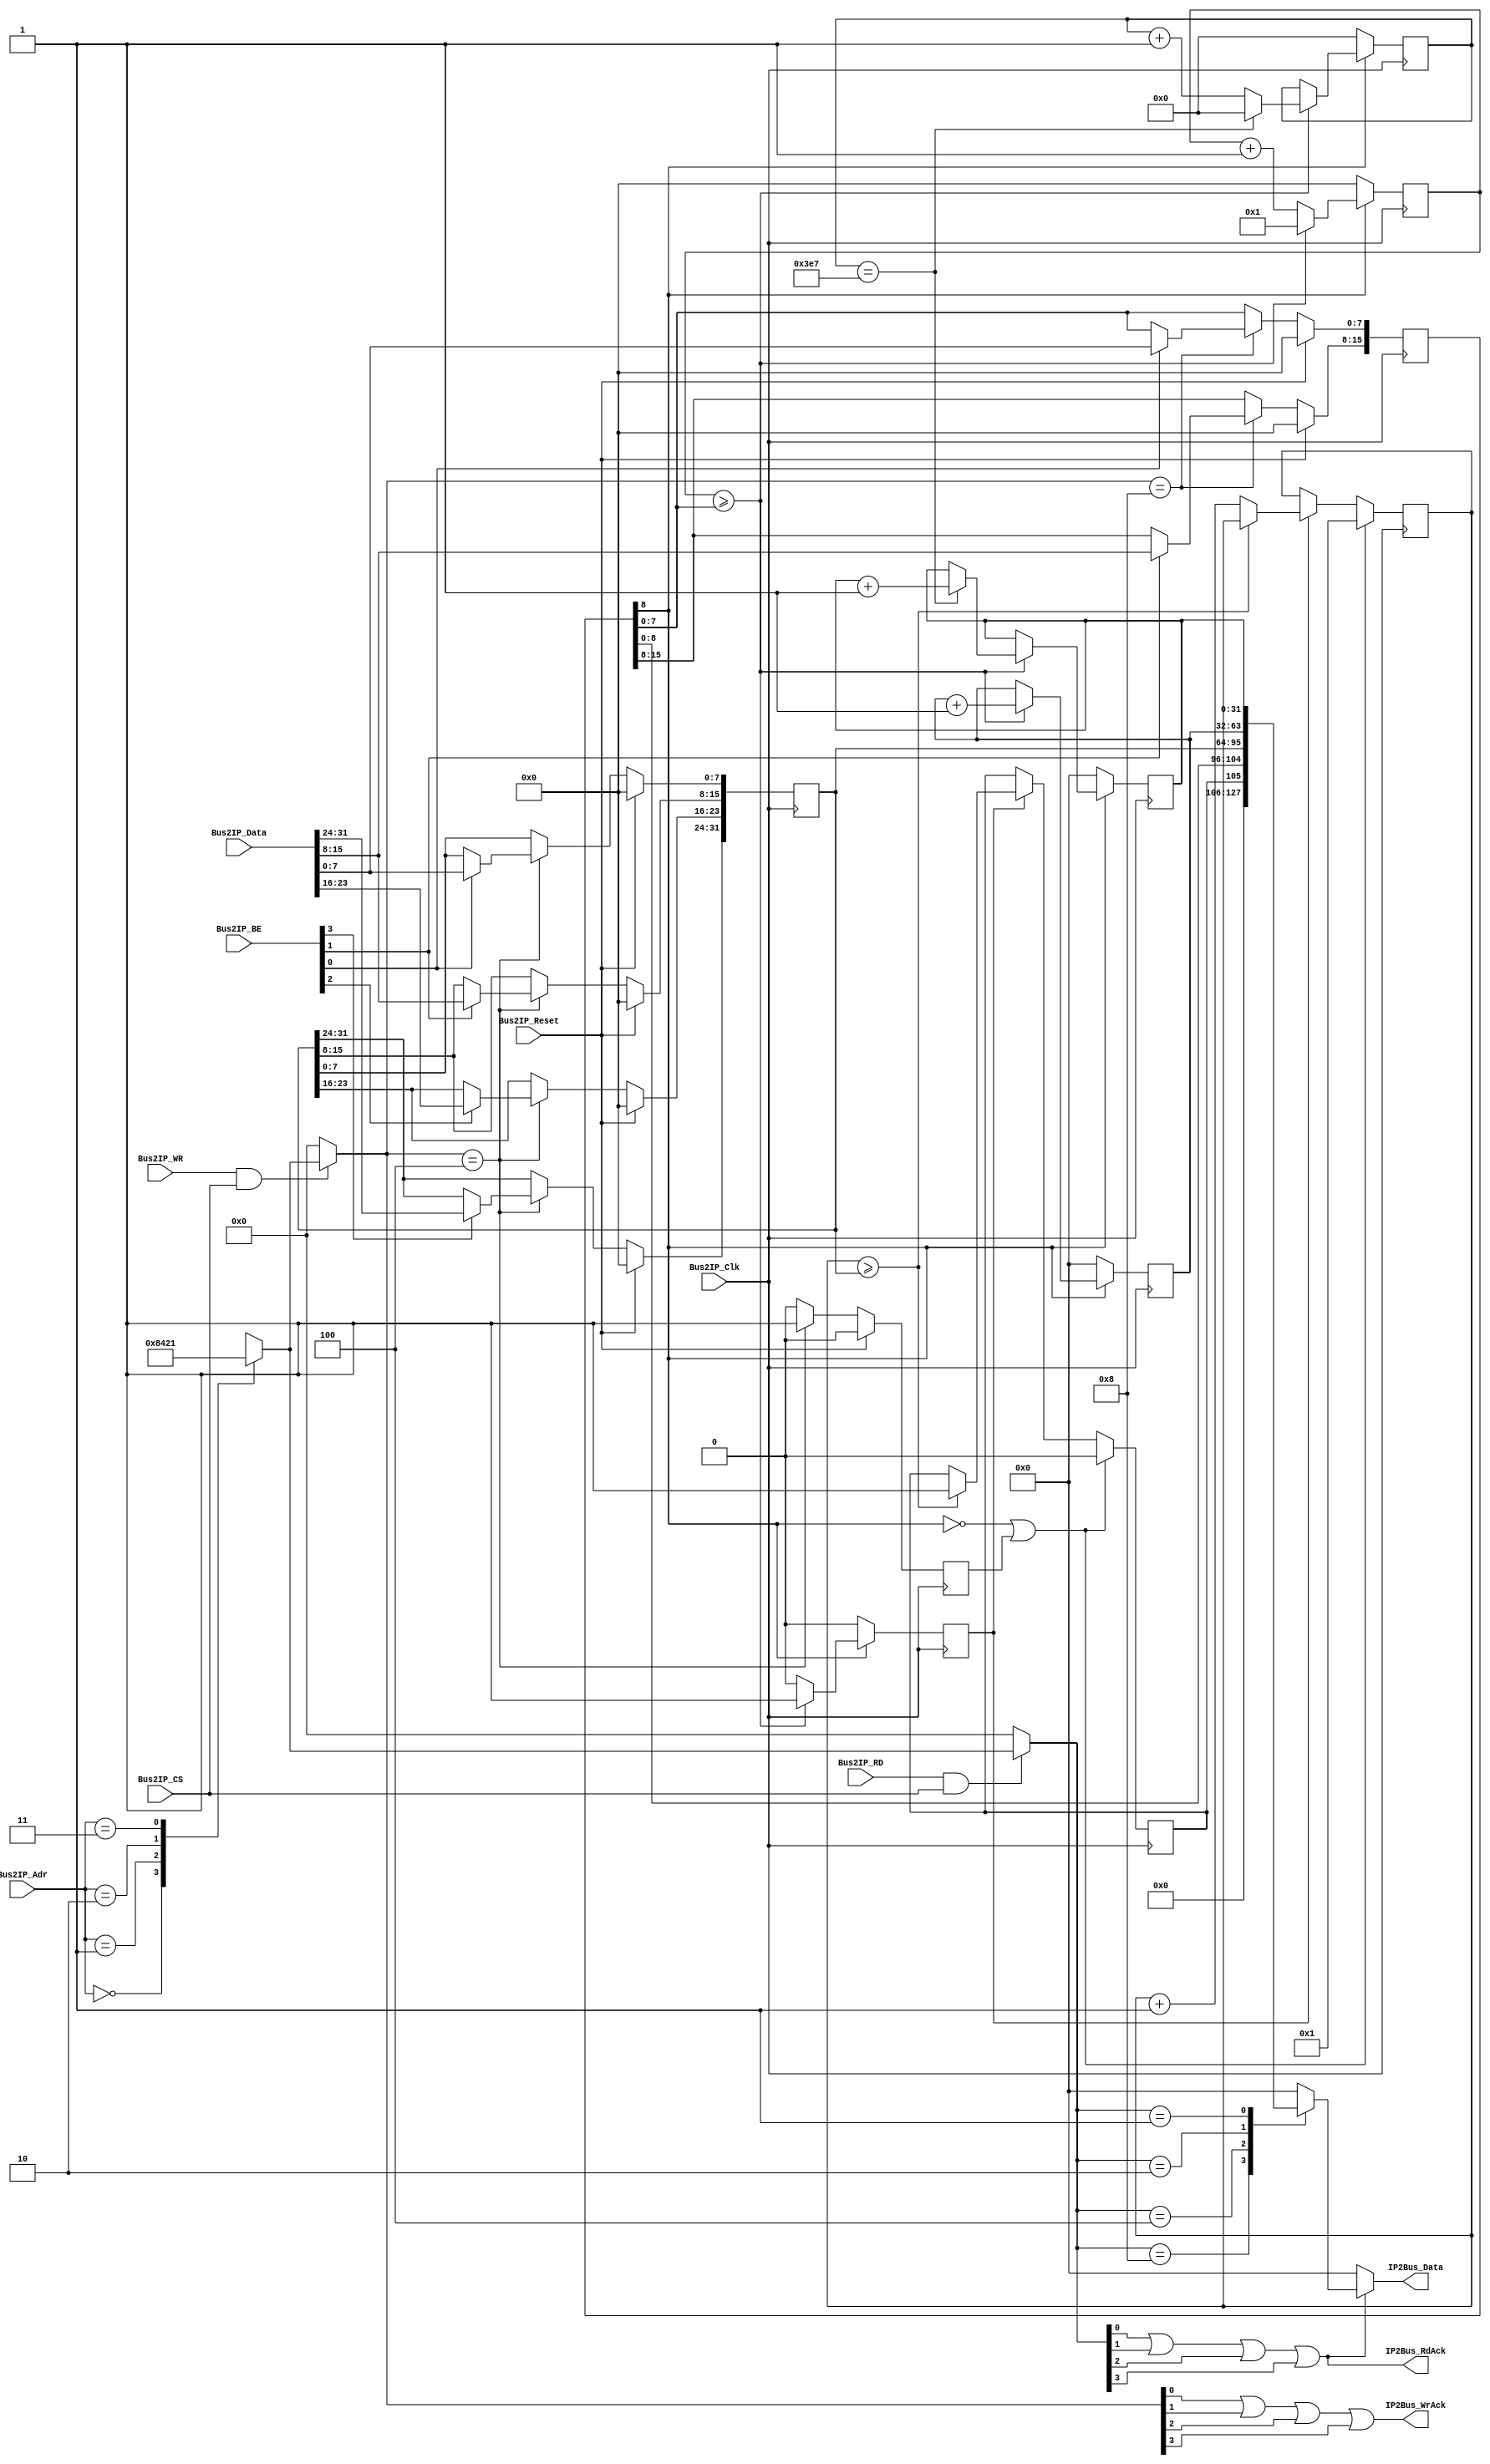
/***************************************************************************************************
*  mb_timebase.v
*
*  Copyright (c) 2015, Magnus Karlsson
*  All rights reserved.
*
*  Redistribution and use in source and binary forms, with or without modification, are permitted
*  provided that the following conditions are met:
*
*  1. Redistributions of source code must retain the above copyright notice, this list of conditions
*     and the following disclaimer.
*  2. Redistributions in binary form must reproduce the above copyright notice, this list of
*     conditions and the following disclaimer in the documentation and/or other materials provided
*     with the distribution.
*
*  THIS SOFTWARE IS PROVIDED BY THE COPYRIGHT HOLDERS AND CONTRIBUTORS "AS IS" AND ANY EXPRESS OR
*  IMPLIED WARRANTIES, INCLUDING, BUT NOT LIMITED TO, THE IMPLIED WARRANTIES OF MERCHANTABILITY AND
*  FITNESS FOR A PARTICULAR PURPOSE ARE DISCLAIMED. IN NO EVENT SHALL THE COPYRIGHT OWNER OR
*  CONTRIBUTORS BE LIABLE FOR ANY DIRECT, INDIRECT, INCIDENTAL, SPECIAL, EXEMPLARY, OR CONSEQUENTIAL
*  DAMAGES (INCLUDING, BUT NOT LIMITED TO, PROCUREMENT OF SUBSTITUTE GOODS OR SERVICES; LOSS OF USE,
*  DATA, OR PROFITS; OR BUSINESS INTERRUPTION) HOWEVER CAUSED AND ON ANY THEORY OF LIABILITY,
*  WHETHER IN CONTRACT, STRICT LIABILITY, OR TORT (INCLUDING NEGLIGENCE OR OTHERWISE) ARISING IN ANY
*  WAY OUT OF THE USE OF THIS SOFTWARE, EVEN IF ADVISED OF THE POSSIBILITY OF SUCH DAMAGE.
*
***************************************************************************************************/
module mb_timebase
(
  Bus2IP_Clk,                     // Bus to IP clock
  Bus2IP_Reset,                   // Bus to IP reset
  Bus2IP_Data,                    // Bus to IP data bus
  Bus2IP_BE,                      // Bus to IP byte enables
  Bus2IP_Adr,                     // Bus to IP address bus
  Bus2IP_RD,                      // Bus to IP read enable
  Bus2IP_WR,                      // Bus to IP write enable
  Bus2IP_CS,                      // Bus to IP chip select
  IP2Bus_Data,                    // IP to Bus data bus
  IP2Bus_RdAck,                   // IP to Bus read transfer acknowledgement
  IP2Bus_WrAck                    // IP to Bus write transfer acknowledgement
);


  input                                   Bus2IP_Clk;
  input                                   Bus2IP_Reset;
  input      [31:0]                       Bus2IP_Data;
  input      [3:0]                        Bus2IP_BE;
  input      [1:0]                        Bus2IP_Adr;
  input                                   Bus2IP_RD;
  input                                   Bus2IP_WR;
  input                                   Bus2IP_CS;
  output     [31:0]                       IP2Bus_Data;
  output                                  IP2Bus_RdAck;
  output                                  IP2Bus_WrAck;

  reg        [7:0]                        clkCounter1;
  reg        [9:0]                        clkCounter2;
  reg        [31:0]                       clkCounter3;
  reg        [31:0]                       micros, millis;
  reg                                     inc_delay;
  reg                                     clr_delay;
  reg                                     delay_to;
  wire                                    counterEnable;
  wire       [7:0]                        clkFreq;

  reg        [15:0]                       delayControl;
  reg        [31:0]                       delay;
  reg        [3:0]                        rdCE, wrCE;
  wire       [3:0]                        slv_reg_write_sel;
  wire       [3:0]                        slv_reg_read_sel;
  reg        [31:0]                       slv_ip2bus_data;
  wire                                    slv_read_ack;
  wire                                    slv_write_ack;
  integer                                 byte_index, bit_index;

  assign clkFreq = delayControl[7:0];
  assign counterEnable = delayControl[8];
  
  always @( posedge Bus2IP_Clk )
    begin
      if ( counterEnable == 1'b0 )
        begin
          clkCounter1 <= 0;
          clkCounter2 <= 0;
          inc_delay <= 0;
          micros <= 0;
          millis <= 0;
        end
      else
        begin
          if (clkCounter1 >= clkFreq)
            begin
              inc_delay <= 1;
              micros <= micros + 1;
              clkCounter1 <= 1;
              if (clkCounter2 == 999)
                begin
                  millis <= millis + 1;
                  clkCounter2 <= 0;
                end
              else
                clkCounter2 <= clkCounter2 + 1;
            end
          else
            begin
              clkCounter1 <= clkCounter1 + 1;
              inc_delay <= 0;
            end
        end
    end        

  always @( posedge Bus2IP_Clk )
    begin
      if ((counterEnable == 1'b0) || (clr_delay == 1'b1))
        begin
          delay_to <= 0;
          clkCounter3 <= 1;
        end
      else if (inc_delay == 1'b1)
        begin
          if (clkCounter3 >= delay)
            delay_to <= 1;
          else 
            clkCounter3 <= clkCounter3 + 1;
        end
    end

  always @ * begin
    if (Bus2IP_RD & Bus2IP_CS)
      case (Bus2IP_Adr)
        2'b00: rdCE = 4'b1000;
        2'b01: rdCE = 4'b0100;
        2'b10: rdCE = 4'b0010;
        2'b11: rdCE = 4'b0001;
      endcase
    else
      rdCE = 4'b0000;
  end

  always @ * begin
    if (Bus2IP_WR & Bus2IP_CS)
      case (Bus2IP_Adr)
        2'b00: wrCE = 4'b1000;
        2'b01: wrCE = 4'b0100;
        2'b10: wrCE = 4'b0010;
        2'b11: wrCE = 4'b0001;
      endcase
    else
      wrCE = 4'b0000;
  end

  assign
    slv_reg_write_sel = wrCE[3:0],
    slv_reg_read_sel  = rdCE[3:0],
    slv_write_ack     = wrCE[0] || wrCE[1] || wrCE[2] || wrCE[3],
    slv_read_ack      = rdCE[0] || rdCE[1] || rdCE[2] || rdCE[3];

  always @( posedge Bus2IP_Clk )
    begin
      if ( Bus2IP_Reset == 1'b1 )
        begin
          delayControl <= 0;
          delay <= 0;
          clr_delay <= 0;
        end
      else
        begin
          clr_delay <= 0;
          case ( slv_reg_write_sel )
            4'b1000 :
              for ( byte_index = 0; byte_index <= 1; byte_index = byte_index+1 )
                if ( Bus2IP_BE[byte_index] == 1 )
                  delayControl[(byte_index*8) +: 8] <= Bus2IP_Data[(byte_index*8) +: 8];
            4'b0100 : begin
              clr_delay <= 1;
              for ( byte_index = 0; byte_index <= (32/8)-1; byte_index = byte_index+1 )
                if ( Bus2IP_BE[byte_index] == 1 )
                  delay[(byte_index*8) +: 8] <= Bus2IP_Data[(byte_index*8) +: 8];
              end
            default : begin
              delayControl <= delayControl;
              delay <= delay;
            end
          endcase
        end
    end


  always @( slv_reg_read_sel or delay_to or counterEnable or clkFreq or delay or micros or millis )
    begin 
      case ( slv_reg_read_sel )
        4'b1000 : slv_ip2bus_data <= {delay_to, counterEnable, clkFreq};
        4'b0100 : slv_ip2bus_data <= delay;
        4'b0010 : slv_ip2bus_data <= micros;
        4'b0001 : slv_ip2bus_data <= millis;
        default : slv_ip2bus_data <= 0;
      endcase
    end


  assign IP2Bus_Data = (slv_read_ack == 1'b1) ? slv_ip2bus_data :  0 ;
  assign IP2Bus_WrAck = slv_write_ack;
  assign IP2Bus_RdAck = slv_read_ack;

endmodule